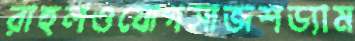
রাহুলওযোগসাজশড্যাম